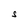
Character: S